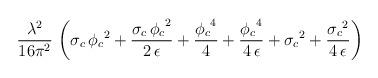
LaTeX: \begin{align*}\frac{{\lambda }^2}{16 \pi^2}\,\left( {{\sigma }_c}\,{{{\phi }_c}}^2 + \frac{{{\sigma }_c}\,{{{\phi }_c}}^2}{2\,\epsilon } + \frac{{{{\phi }_c}}^4}{4} + \frac{{{{\phi }_c}}^4}{4\,\epsilon }+ {{{\sigma }_c}}^2 + \frac{{{{\sigma }_c}}^2}{4\,\epsilon } \right)\end{align*}